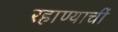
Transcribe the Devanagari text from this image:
रहाण्याचीं